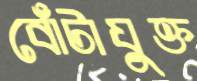
বোঁটাযুক্ত